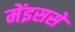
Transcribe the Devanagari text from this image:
मेंइससे